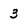
Character: 3